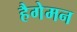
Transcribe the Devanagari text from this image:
हैगेमन